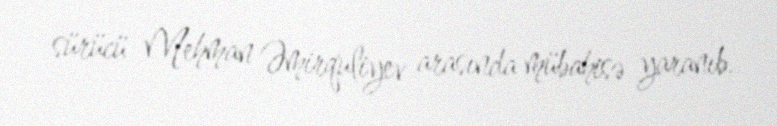
sürücü Mehman Əmirquliyev arasında mübahisə yaranıb.